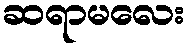
ဆရာမလေး